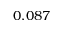
0 . 0 8 7